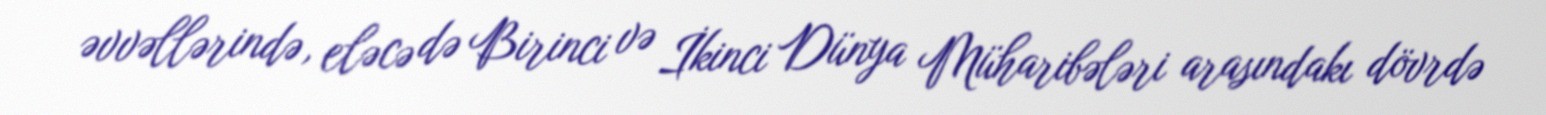
əvvəllərində, eləcə də Birinci və İkinci Dünya Müharibələri arasındakı dövrdə